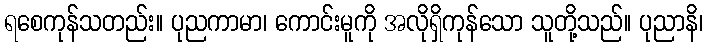
ရစေကုန်သတည်း။ ပုညကာမာ၊ ကောင်းမူကို အလိုရှိကုန်သော သူတို့သည်။ ပုညာနိ၊